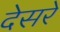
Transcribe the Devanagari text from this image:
देसरे